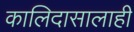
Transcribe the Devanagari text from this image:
कालिदासालाही